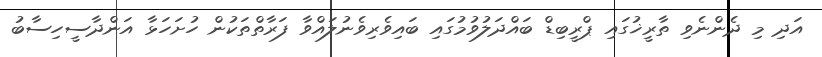
އަދި މި ދެންނެވި ތާރީޚުގައި ޕްރީބިޑް ބައްދަލުވުމުގައި ބައިވެރިވެނުލައްވާ ފަރާތްތަކުން ހުށަހަޅާ އަންދާސީހިސާބު